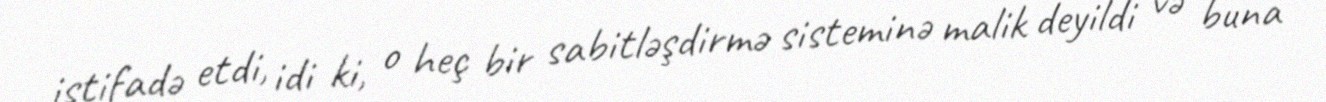
istifadə etdi, idi ki, o heç bir sabitləşdirmə sisteminə malik deyildi və buna